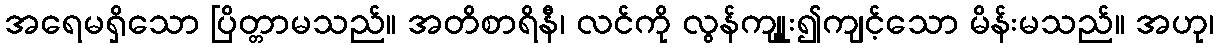
အရေမရှိသော ပြိတ္တာမသည်။ အတိစာရိနီ၊ လင်ကို လွန်ကျုူး၍ကျင့်သော မိန်းမသည်။ အဟု၊